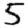
Digit: 5